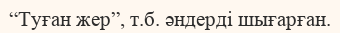
“Туған жер”, т.б. әндерді шығарған.